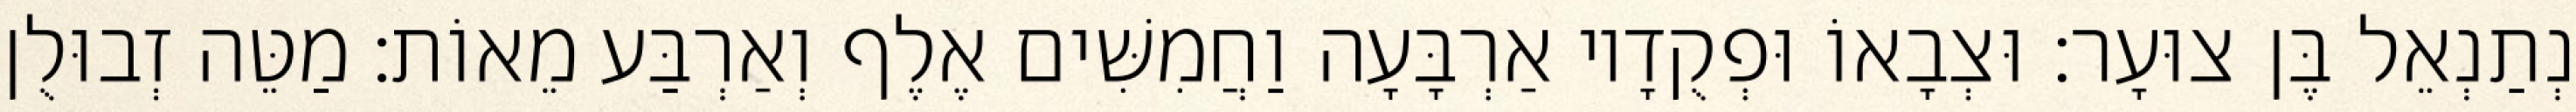
נְתַנְאֵל בֶּן צוּעָר׃ וּצְבָאוֹ וּפְקֻדָיו אַרְבָּעָה וַחֲמִשִּׁים אֶלֶף וְאַרְבַּע מֵאוֹת׃ מַטֵּה זְבוּלֻן